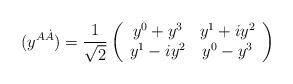
\begin{align*}(y^{A\dot A})={1\over \sqrt{2}}\left(\begin{array}{cc}y^0 +y^3&y^1+iy^2\\y^1-iy^2&y^0-y^3\end{array}\right)\end{align*}